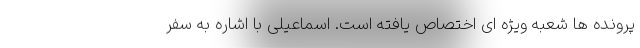
پرونده ها شعبه ویژه ای اختصاص یافته است. اسماعیلی با اشاره به سفر